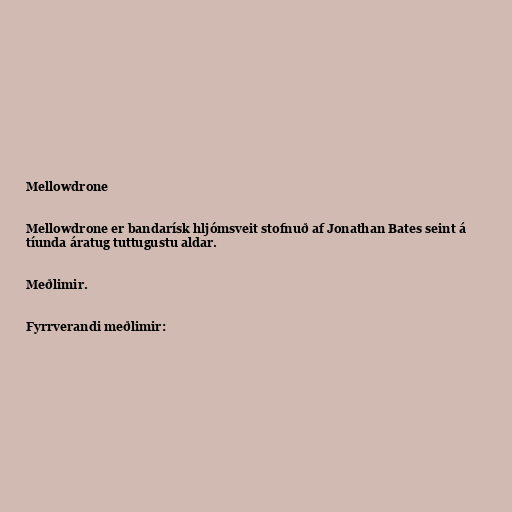
Mellowdrone

Mellowdrone er bandarísk hljómsveit stofnuð af Jonathan Bates seint á
tíunda áratug tuttugustu aldar.

Meðlimir.

Fyrrverandi meðlimir: